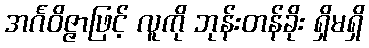
အင်္ဂဝိဇ္ဇာဖြင့် လူကို ဘုန်းတန်ခိုး ရှိမရှိ